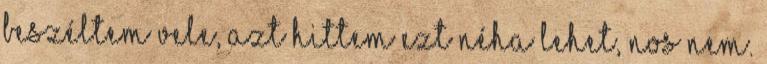
beszéltem vele, azt hittem ezt néha lehet, nos nem.